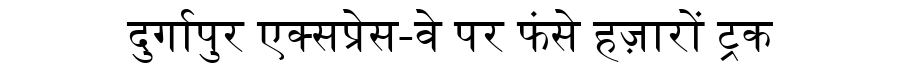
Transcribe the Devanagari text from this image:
दुर्गापुर एक्सप्रेस-वे पर फंसे हज़ारों ट्रक